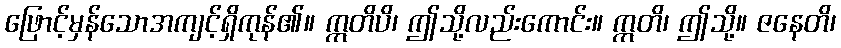
ဖြောင့်မှန်သောအကျင့်ရှိကုန်၏။ ဣတိပိ၊ ဤသို့လည်းကောင်း။ ဣတိ၊ ဤသို့။ ဇနေတိ၊